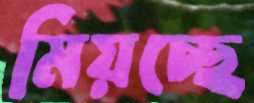
মিয়চ্ছে